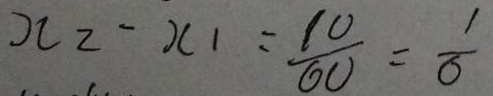
x _ { 2 } - x _ { 1 } = \frac { 1 0 } { 6 0 } = \frac { 1 } { 6 }